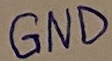
Text: GND